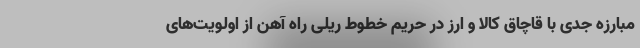
مبارزه جدی با قاچاق کالا و ارز در حریم خطوط ریلی راه آهن از اولویت‌های